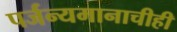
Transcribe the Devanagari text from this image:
पर्जन्यमानाचीही